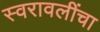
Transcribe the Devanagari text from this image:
स्वरावलींचा